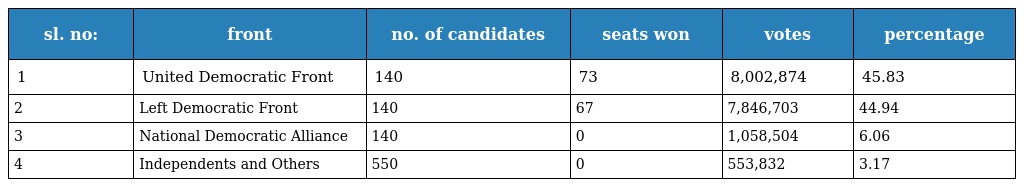
| sl. no: | front | no. of candidates | seats won | votes | percentage |
 | --- | --- | --- | --- | --- | --- |
 | 1 | United Democratic Front | 140 | 73 | 8,002,874 | 45.83 |
 | 2 | Left Democratic Front | 140 | 67 | 7,846,703 | 44.94 |
 | 3 | National Democratic Alliance | 140 | 0 | 1,058,504 | 6.06 |
 | 4 | Independents and Others | 550 | 0 | 553,832 | 3.17 |